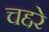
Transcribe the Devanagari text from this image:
चद्दरे